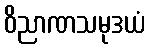
ဝိညာဏသမုဒယံ